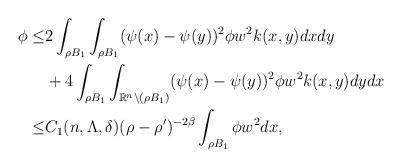
LaTeX: \begin{align*}\,\phi \leq & 2 \int_{\rho B_{1}}\int_{\rho B_{1}} (\psi(x)-\psi(y))^{2}\phi w^{2}k(x,y) dxdy \\& + 4 \int_{\rho B_{1}}\int_{\mathbb{R}^{n}\backslash(\rho B_{1})}(\psi(x)-\psi(y))^{2}\phi w^{2}k(x,y)dydx \\\leq & C_{1}(n,\Lambda,\delta)(\rho - \rho')^{-2\beta}\int_{\rho B_{1}}\phi w^{2} dx,\end{align*}